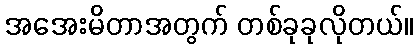
အအေးမိတာအတွက် တစ်ခုခုလိုတယ်။